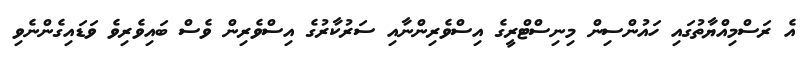
އެ ރަސްމިއްޔާތުގައި ހައުންސިން މިނިސްޓްރީގެ އިސްވެރިންނާއި ސަރުކާރުގެ އިސްވެރިން ވެސް ބައިވެރިވެ ވަޑައިގެންނެވި